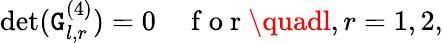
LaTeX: \operatorname*{det}({\mathtt{G}}_{l,r}^{(4)})=0\quad\mathrm{{~f~o~r~}}\quadl,r=1,2,